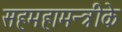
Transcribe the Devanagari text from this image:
सहमहामन्त्रीके